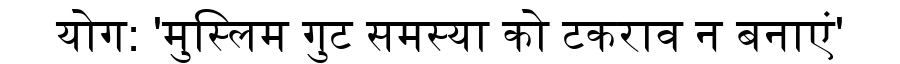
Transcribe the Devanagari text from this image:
योग: 'मुस्लिम गुट समस्या को टकराव न बनाएं'